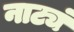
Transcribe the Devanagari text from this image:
नाट्यं